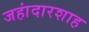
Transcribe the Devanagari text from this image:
जहांदारशाह